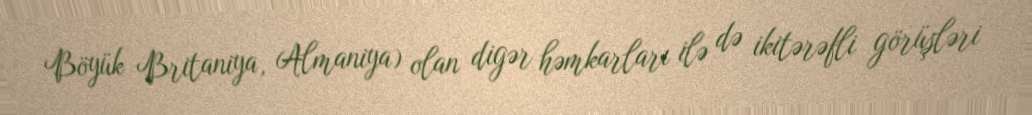
Böyük Britaniya, Almaniya) olan digər həmkarları ilə də ikitərəfli görüşləri